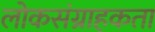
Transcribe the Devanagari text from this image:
लोकसंग्राहकता